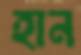
হান